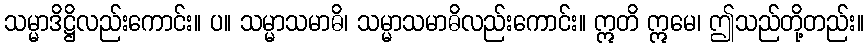
သမ္မာဒိဋ္ဌိလည်းကောင်း။ ပ။ သမ္မာသမာဓိ၊ သမ္မာသမာဓိလည်းကောင်း။ ဣတိ ဣမေ၊ ဤသည်တို့တည်း။